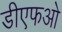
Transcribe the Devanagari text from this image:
डीएफओ